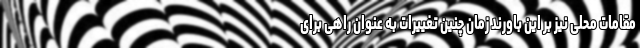
مقامات محلی نیز بر این باورند زمان چنین تغییرات به عنوان راهی برای